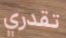
تقدري